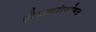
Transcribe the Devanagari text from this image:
होळकरांसोबत